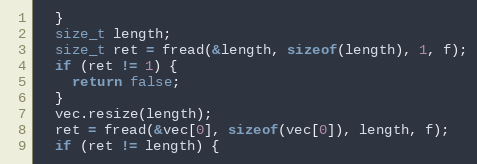
Language: C
  }
  size_t length;
  size_t ret = fread(&length, sizeof(length), 1, f);
  if (ret != 1) {
    return false;
  }
  vec.resize(length);
  ret = fread(&vec[0], sizeof(vec[0]), length, f);
  if (ret != length) {